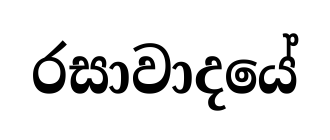
රසාවාදයේ